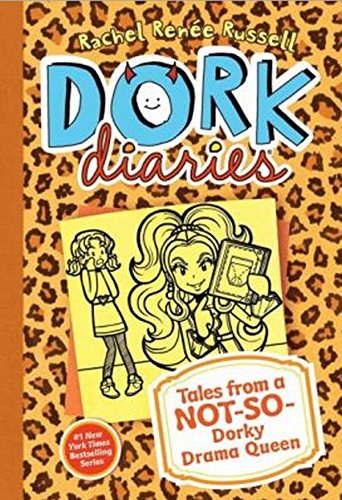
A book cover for Dork Diaries 9: Tales from a Not-So-Dorky Drama Queen; Rachel RenÃ©e Russell; Children's Books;